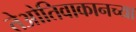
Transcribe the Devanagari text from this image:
तेओतिवाकानच्या